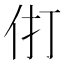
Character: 𰁫